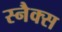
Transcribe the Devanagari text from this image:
स्‍नैक्स